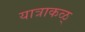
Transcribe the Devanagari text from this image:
यात्राकळ्